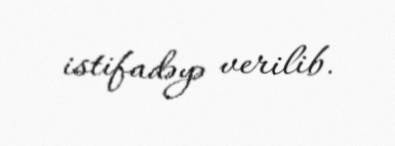
istifadəyə verilib.